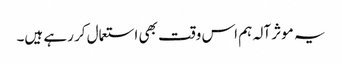
یہ موثر آلہ ہم اس وقت بھی استعمال کر رہے ہیں۔